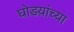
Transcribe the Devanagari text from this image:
घोडय़ांच्या